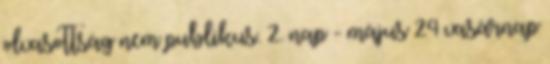
olvasottság nem publikus. 2. nap - május 24 vasárnap